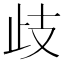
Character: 歧